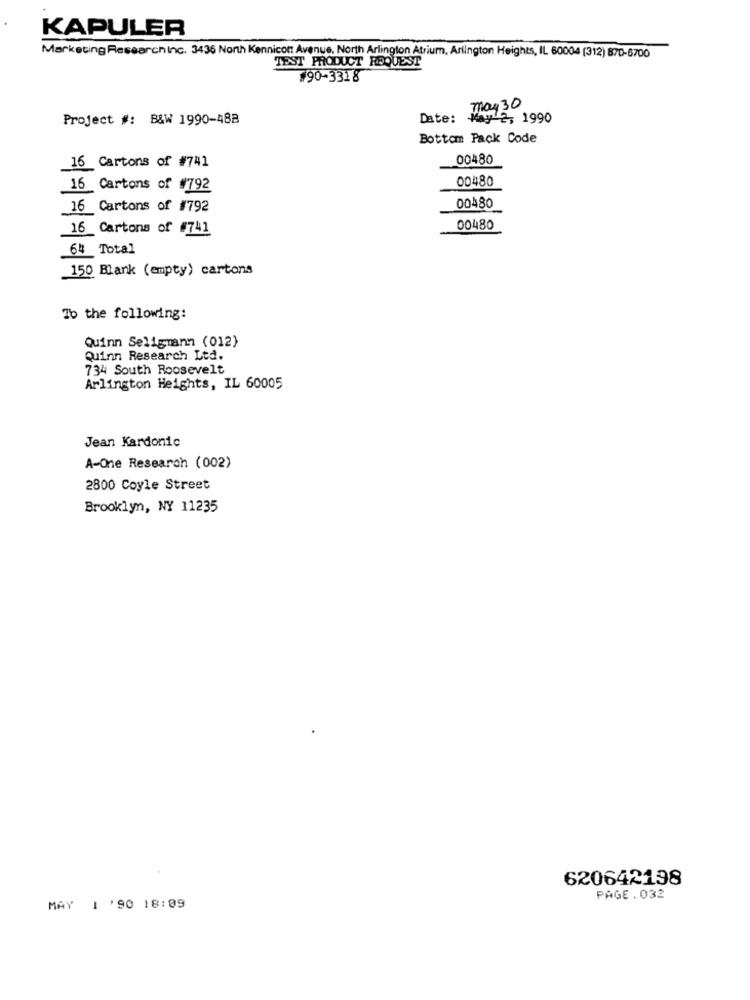
KAPULER
Marketing Researchinc. 3436 North Kennicott Avenue, North Arlington Atrium, Arlington Heights, IL 60004 (312) 870-6700
TEST PRODUCT REQUEST
¥90-3318
may 30
Project #: B&W 1990-488
Date:
-y 2, 1990
Bottom Pack Code
16 Cartons of #741
00480
00480
16 Cartons of #792
16 Cartons of #792
00480
16 Cartons of #741
00480
64 Total
150 Blank (empty) cartons
7b the following:
Quinn Seligmann (012)
Quinn Research Ltd.
734 South Roosevelt
Arlington Heights, IL 60005
Jean Kardonic
A-One Research (002)
2800 Coyle Street
Brooklyn, NY 11235
620642198
PAGE . 032
MAY 1 '90 18:09